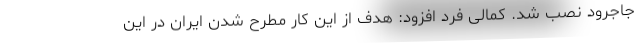
جاجرود نصب شد. کمالی فرد افزود: هدف از این کار مطرح شدن ایران در این